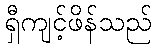
ရှီကျင့်ဖိန်သည်